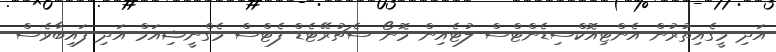
އަދި މީގެއިތުރުން އެންޓިއޮކްސިޑެންޓްސް ލުޓެއިން މޮނޯ ސެޗުރޭޓެޑް ފެޓްސް މެގްނީޝިއަމް އަދި ފައިބާވެސް